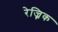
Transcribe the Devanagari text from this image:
रेज्निक